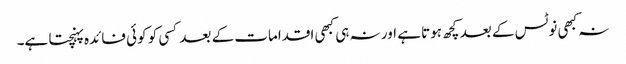
نہ کبھی نوٹس کے بعد کچھ ہوتا ہے اور نہ ہی کبھی اقدامات کے بعد کسی کو کوئی فائدہ پہنچتا ہے۔